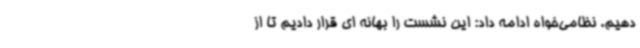
دهیم. نظامی‌خواه ادامه داد: این نشست را بهانه ای قرار دادیم تا از